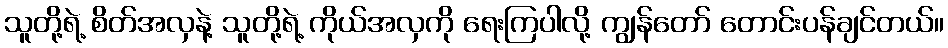
သူတို့ရဲ့ စိတ်အလှနဲ့ သူတို့ရဲ့ ကိုယ်အလှကို ရေးကြပါလို့ ကျွန်တော် တောင်းပန်ချင်တယ်။